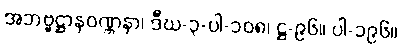
အဘဗ္ဗဋ္ဌာနဝဏ္ဏနာ၊ ဒီဃ-၃-ပါ-၁၀၈၊ ဋ္ဌ-၉၆။ ပါ-၁၉၆။